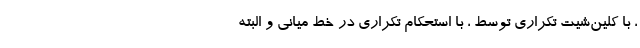
، با کلین‌شیت تکراری توسط ، با استحکام تکراری در خط میانی و البته